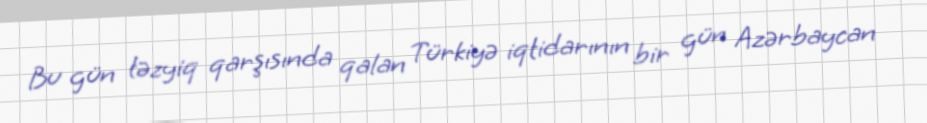
Bu gün təzyiq qarşısında qalan Türkiyə iqtidarının bir gün Azərbaycan